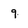
Character: 9